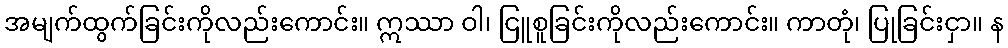
အမျက်ထွက်ခြင်းကိုလည်းကောင်း။ ဣဿာ ဝါ၊ ငြူစူခြင်းကိုလည်းကောင်း။ ကာတုံ၊ ပြုခြင်းငှာ။ န